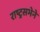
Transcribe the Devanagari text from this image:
राष्ट्रसभेने